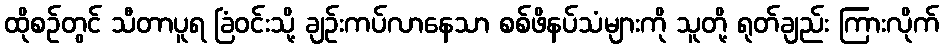
ထိုစဉ်တွင် သီတာပူရ ခြံဝင်းသို့ ချဉ်းကပ်လာနေသာ စစ်ဖိနပ်သံများကို သူတို့ ရုတ်ချည်း ကြားလိုက်